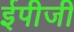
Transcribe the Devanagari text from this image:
ईपीजी